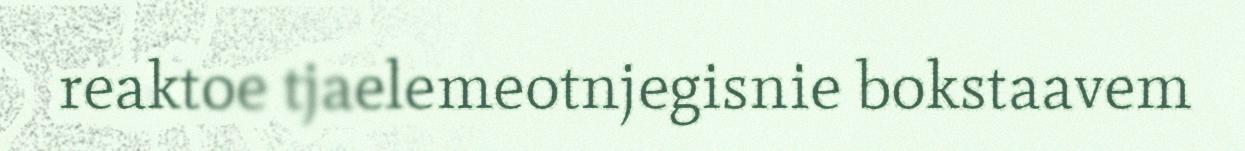
reaktoe tjaelemeotnjegisnie bokstaavem